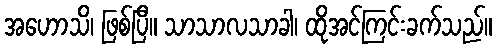
အဟောသိ၊ ဖြစ်ပြီ။ သာသာလသာခါ၊ ထိုအင်ကြင်းခက်သည်။